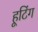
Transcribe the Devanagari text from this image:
हूटिंग